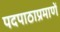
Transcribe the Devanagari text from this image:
पदपाठाप्रमाणें